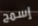
إسمح